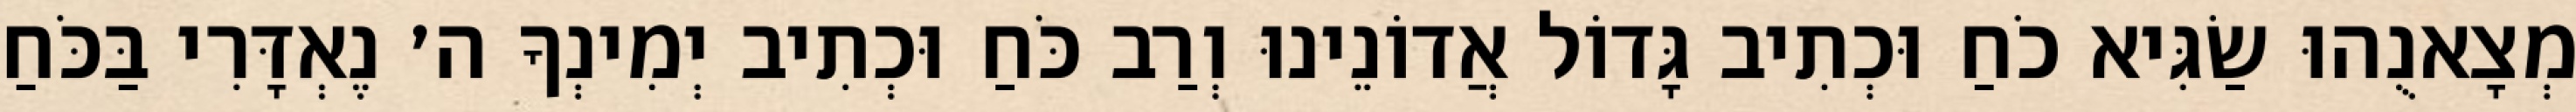
מְצָאנֻהוּ שַׂגִּיא כֹחַ וּכְתִיב גָּדוֹל אֲדוֹנֵינוּ וְרַב כֹּחַ וּכְתִיב יְמִינְךָ ה׳ נֶאְדָּרִי בַּכֹּחַ